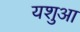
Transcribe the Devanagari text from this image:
यशुआ